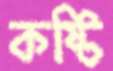
কষ্টি